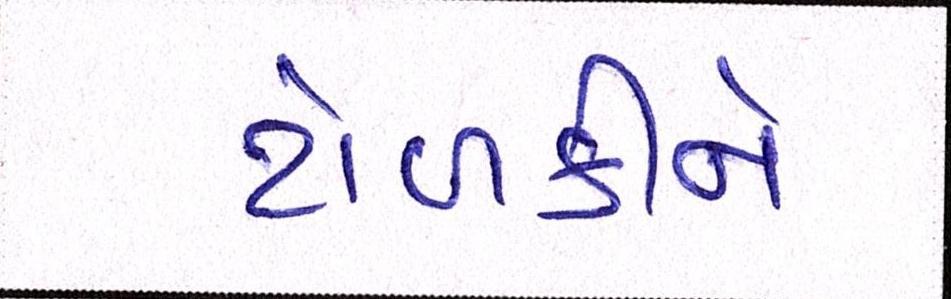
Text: ટોળકીને